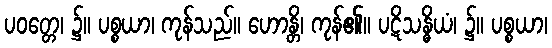
ပဝတ္တေ၊ ၌။ ပစ္စယာ၊ ကုန်သည်။ ဟောန္တိ၊ ကုန်၏။ ပဋိသန္ဓိယံ၊ ၌။ ပစ္စယာ၊